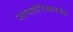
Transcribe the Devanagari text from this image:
सायबेरियापर्यंत